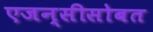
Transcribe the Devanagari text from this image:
एजन्सीसोबत